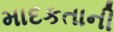
માદકતાની